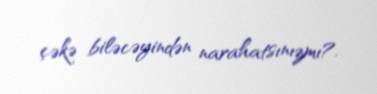
çəkə biləcəyindən narahatsınızmı?.